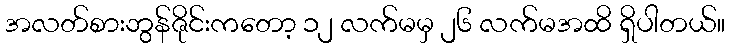
အလတ်စားဘွန်ဇိုင်းကတော့ ၁၂ လက်မမှ ၂၆ လက်မအထိ ရှိပါတယ်။